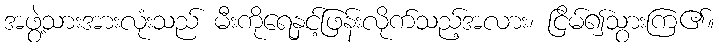
အဖွဲ့သားအားလုံးသည် မီးကိုရေနှင့်ဖြန်းလိုက်သည့်အလား၊ ငြိမ်၍သွားကြ၏။